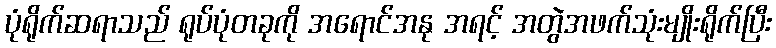
ပုံရိုက်ဆရာသည် ရုပ်ပုံတခုကို အရောင်အနု အရင့် အတွဲအဖက်သုံးမျိုးရိုက်ပြီး